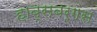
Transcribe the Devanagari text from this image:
हाब्सबर्गस